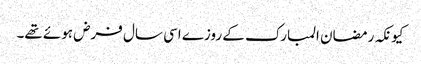
کیونکہ رمضان المبارک کے روزے اسی سال فرض ہوئے تھے۔